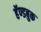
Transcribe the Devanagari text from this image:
हॅण्डबुक